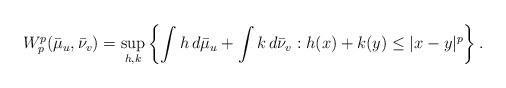
LaTeX: \begin{align*}W_{p}^{p}(\bar{\mu}_{u},\bar{\nu}_{v})=\sup_{h,k}\left\{ \int h \,d\bar{\mu}_{u}+\int k\, d\bar{\nu}_{v}: h(x)+k(y)\le |x-y|^{p} \right\}. \end{align*}